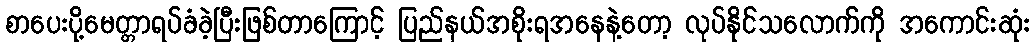
စာပေးပို့မေတ္တာရပ်ခံခဲ့ပြီးဖြစ်တာကြောင့် ပြည်နယ်အစိုးရအနေနဲ့တော့ လုပ်နိုင်သလောက်ကို အကောင်းဆုံး